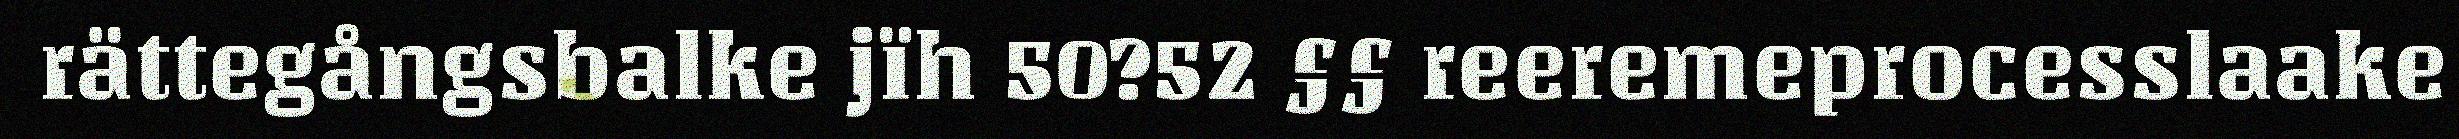
rättegångsbalke jïh 50?52 §§ reeremeprocesslaake